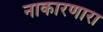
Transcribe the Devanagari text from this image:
नाकारणारा